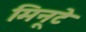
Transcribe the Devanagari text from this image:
मिनूटे